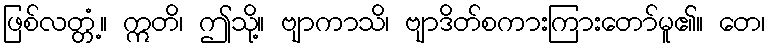
ဖြစ်လတ္တံ့။ ဣတိ၊ ဤသို့။ ဗျာကာသိ၊ ဗျာဒိတ်စကားကြားတော်မူ၏။ တေ၊